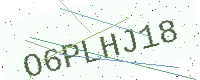
Text: O6PLHJ18